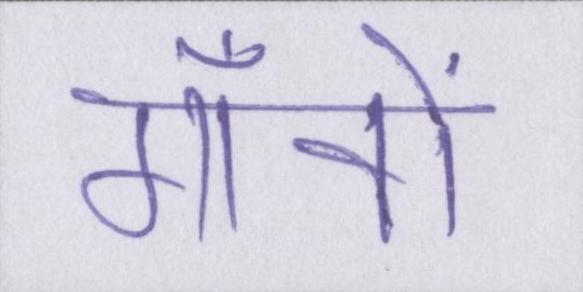
गाँवों